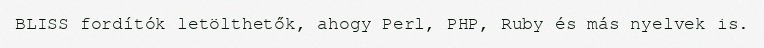
BLISS fordítók letölthetők, ahogy Perl, PHP, Ruby és más nyelvek is.